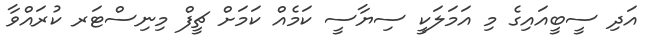
އަދި ސީބީއައިގެ މި އަމަލަކީ ސިޔާސީ ކަމެއް ކަމަށް ޗީފް މިނިސްޓަރ ކުރައްވާ